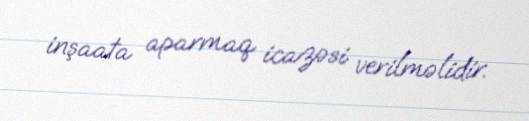
inşaata aparmaq icazəsi verilməlidir.